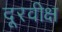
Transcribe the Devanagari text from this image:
दूरवीक्ष